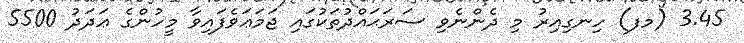
3.45 (މފ) ހިނގިއިރު މި ދެންނެވި ސަރަޙައްދުތަކުގައި ޖަމަޢަވެފައިވާ މީހުންގެ ޢަދަދު 5500